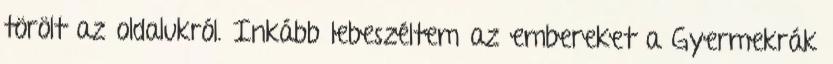
törölt az oldalukról. Inkább lebeszéltem az embereket a Gyermekrák